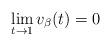
LaTeX: \begin{align*}\lim_{t \to 1} v_\beta(t) = 0\end{align*}